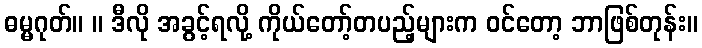
ဓမ္မဂုတ်။ ။ ဒီလို အခွင့်ရလို့ ကိုယ်တော့်တပည့်များက ဝင်တော့ ဘာဖြစ်တုန်း။